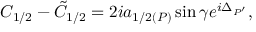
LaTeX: C _ { 1 / 2 } - \tilde { C } _ { 1 / 2 } = 2 i a _ { 1 / 2 ( P ) } \sin \gamma e ^ { i \Delta _ { P ^ { \prime } } } ,